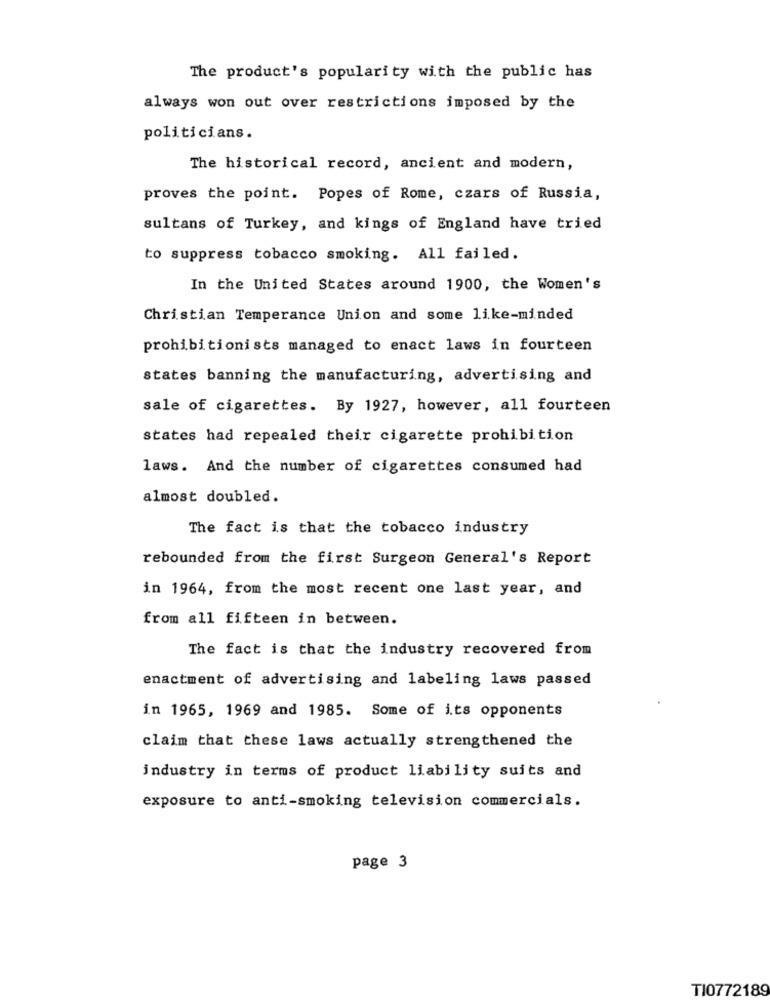
The product's popularity with the public has
always won out over restrictions imposed by the
politicians.
The historical record, ancient and modern,
proves the point. Popes of Rome, czars of Russia,
sultans of Turkey, and kings of England have tried
to suppress tobacco smoking. All failed.
In the United States around 1900, the Women's
Christian Temperance Union and some like-minded
prohibitionists managed to enact laws in fourteen
states banning the manufacturing, advertising and
sale of cigarettes. By 1927, however, all fourteen
states had repealed their cigarette prohibition
laws. And the number of cigarettes consumed had
almost doubled.
The fact is that the tobacco industry
rebounded from the first Surgeon General's Report
in 1964, from the most recent one last year, and
from all fifteen in between.
The fact is that the industry recovered from
enactment of advertising and labeling laws passed
in 1965, 1969 and 1985. Some of its opponents
claim that these laws actually strengthened the
industry in terms of product liability suits and
exposure to anti-smoking television commercials.
page 3
TI0772189